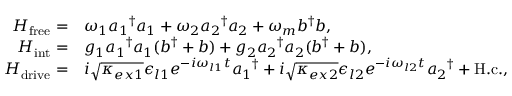
\begin{array} { r l } { H _ { \mathrm { f r e e } } = } & { \omega _ { 1 } { a _ { 1 } } ^ { \dagger } a _ { 1 } + \omega _ { 2 } { a _ { 2 } } ^ { \dagger } a _ { 2 } + \omega _ { m } b ^ { \dagger } b , } \\ { H _ { \mathrm { i n t } } = } & { g _ { 1 } { a _ { 1 } } ^ { \dagger } a _ { 1 } ( b ^ { \dagger } + b ) + g _ { 2 } { a _ { 2 } } ^ { \dagger } a _ { 2 } ( b ^ { \dagger } + b ) , } \\ { H _ { \mathrm { d r i v e } } = } & { i \sqrt { \kappa _ { e x 1 } } \epsilon _ { l 1 } e ^ { - i \omega _ { l 1 } t } { a _ { 1 } } ^ { \dagger } + i \sqrt { \kappa _ { e x 2 } } \epsilon _ { l 2 } e ^ { - i \omega _ { l 2 } t } { a _ { 2 } } ^ { \dagger } + \mathrm { H . c . } , } \end{array}